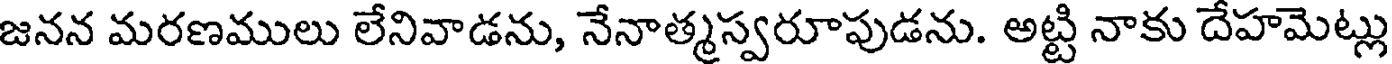
జనన మరణములు లేనివాడను, నేనాత్మస్వరూపుడను. అట్టి నాకు దేహమెట్లు